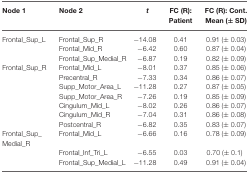
<table><thead><tr><td><b>Node 1</b></td><td><b>Node 2</b></td><td><b><i>t</i></b></td><td><b>FC (R): Patient</b></td><td><b>FC (R): Cont. Mean (± SD)</b></td></tr></thead><tbody><tr><td>Frontal_Sup_L</td><td>Frontal_Sup_R</td><td>−14.08</td><td>0.41</td><td>0.91 (± 0.03)</td></tr><tr><td></td><td>Frontal_Mid_R</td><td>−6.42</td><td>0.60</td><td>0.87 (± 0.04)</td></tr><tr><td></td><td>Frontal_Sup_Medial_R</td><td>−6.87</td><td>0.19</td><td>0.82 (± 0.09)</td></tr><tr><td>Frontal_Sup_R</td><td>Frontal_Mid_L</td><td>−8.01</td><td>0.37</td><td>0.85 (± 0.06)</td></tr><tr><td></td><td>Precentral_R</td><td>−7.33</td><td>0.34</td><td>0.86 (± 0.07)</td></tr><tr><td></td><td>Supp_Motor_Area_L</td><td>−11.28</td><td>0.27</td><td>0.87 (± 0.05)</td></tr><tr><td></td><td>Supp_Motor_Area_R</td><td>−7.26</td><td>0.19</td><td>0.85 (± 0.09)</td></tr><tr><td></td><td>Cingulum_Mid_L</td><td>−8.02</td><td>0.26</td><td>0.86 (± 0.07)</td></tr><tr><td></td><td>Cingulum_Mid_R</td><td>−7.04</td><td>0.31</td><td>0.86 (± 0.08)</td></tr><tr><td></td><td>Postcentral_R</td><td>−6.82</td><td>0.35</td><td>0.83 (± 0.07)</td></tr><tr><td>Frontal_Sup_</td><td>Frontal_Mid_L</td><td>−6.66</td><td>0.16</td><td>0.78 (± 0.09)</td></tr><tr><td>Medial_R</td><td></td><td></td><td></td><td></td></tr><tr><td></td><td>Frontal_Inf_Tri_L</td><td>−6.55</td><td>0.03</td><td>0.70 (± 0.1)</td></tr><tr><td></td><td>Frontal_Sup_Medial_L</td><td>−11.28</td><td>0.49</td><td>0.91 (± 0.04)</td></tr></tbody></table>